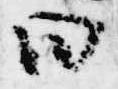
曰